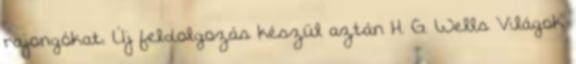
rajongókat. Új feldolgozás készül aztán H. G. Wells Világok